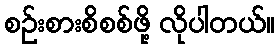
စဉ်းစားစိစစ်ဖို့ လိုပါတယ်။